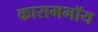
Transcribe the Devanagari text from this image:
कासमभॉय